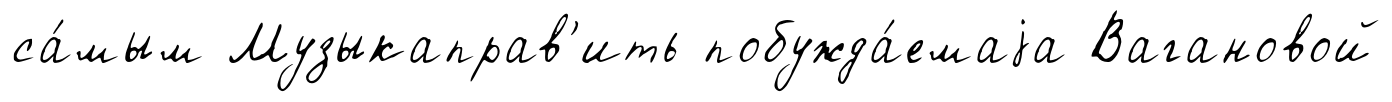
са́мым Музыкаправ'ить побужда́емаjа Вагановой